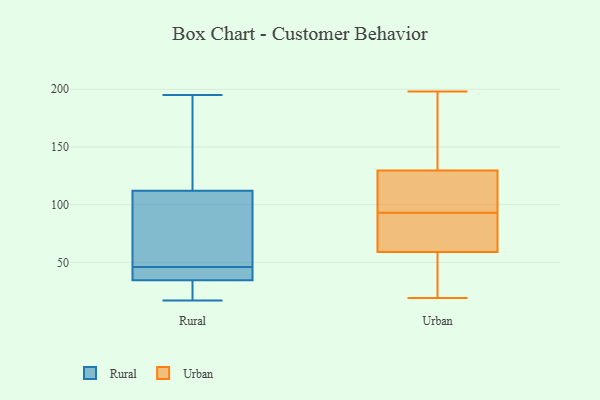
{"axis": {"x": "LTV (USD)", "y": "Value"}, "legend": ["Rural", "Urban"], "data": [{"x": "", "y": 47, "type": "Rural"}, {"x": "", "y": 39, "type": "Rural"}, {"x": "", "y": 46, "type": "Rural"}, {"x": "", "y": 17, "type": "Rural"}, {"x": "", "y": 121, "type": "Rural"}, {"x": "", "y": 109, "type": "Rural"}, {"x": "", "y": 33, "type": "Rural"}, {"x": "", "y": 35, "type": "Rural"}, {"x": "", "y": 151, "type": "Rural"}, {"x": "", "y": 195, "type": "Rural"}, {"x": "", "y": 38, "type": "Rural"}, {"x": "", "y": 80, "type": "Rural"}, {"x": "", "y": 31, "type": "Rural"}, {"x": "", "y": 87, "type": "Urban"}, {"x": "", "y": 83, "type": "Urban"}, {"x": "", "y": 26, "type": "Urban"}, {"x": "", "y": 67, "type": "Urban"}, {"x": "", "y": 19, "type": "Urban"}, {"x": "", "y": 112, "type": "Urban"}, {"x": "", "y": 93, "type": "Urban"}, {"x": "", "y": 112, "type": "Urban"}, {"x": "", "y": 115, "type": "Urban"}, {"x": "", "y": 35, "type": "Urban"}, {"x": "", "y": 198, "type": "Urban"}, {"x": "", "y": 180, "type": "Urban"}, {"x": "", "y": 173, "type": "Urban"}]}